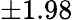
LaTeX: \pm 1.98